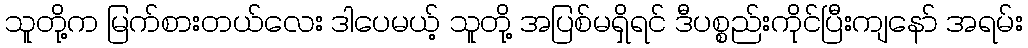
သူတို့က မြက်စားတယ်လေး ဒါပေမယ့် သူတို့ အပြစ်မရှိရင် ဒီပစ္စည်းကိုင်ပြီးကျနော် အရမ်း